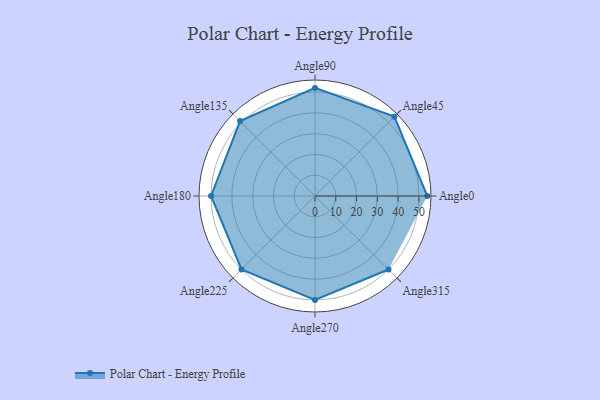
{"axis": {"x": "Angle", "y": "Radius"}, "legend": [""], "data": [{"x": "Angle0", "y": 54.0, "type": ""}, {"x": "Angle45", "y": 54.0, "type": ""}, {"x": "Angle90", "y": 52.0, "type": ""}, {"x": "Angle135", "y": 51.0, "type": ""}, {"x": "Angle180", "y": 50, "type": ""}, {"x": "Angle225", "y": 50.0, "type": ""}, {"x": "Angle270", "y": 50, "type": ""}, {"x": "Angle315", "y": 50, "type": ""}]}